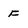
Character: f